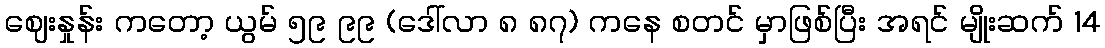
ဈေးနှုန်း ကတော့ ယွမ် ၅၉ ၉၉ (ဒေါ်လာ ၈ ၈၇) ကနေ စတင် မှာဖြစ်ပြီး အရင် မျိုးဆက် 14